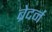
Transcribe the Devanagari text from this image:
ब्रेदर्न